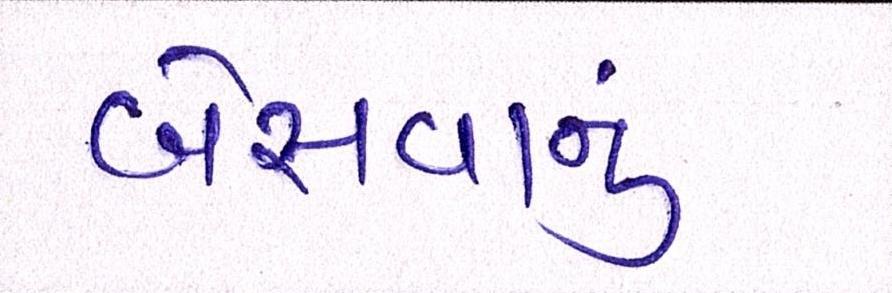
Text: બેસવાનું